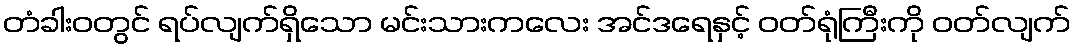
တံခါးဝတွင် ရပ်လျက်ရှိသော မင်းသားကလေး အင်ဒရေနှင့် ဝတ်ရုံကြီးကို ဝတ်လျက်